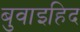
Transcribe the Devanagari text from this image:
बुवाइहिद